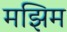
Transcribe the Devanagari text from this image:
मझिम